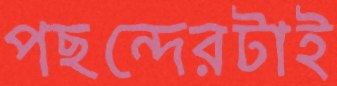
পছন্দেরটাই